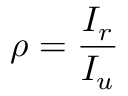
\rho = { \frac { I _ { r } } { I _ { u } } }